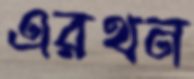
এরথন